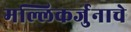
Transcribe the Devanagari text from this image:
मल्लिकर्जुनाचे